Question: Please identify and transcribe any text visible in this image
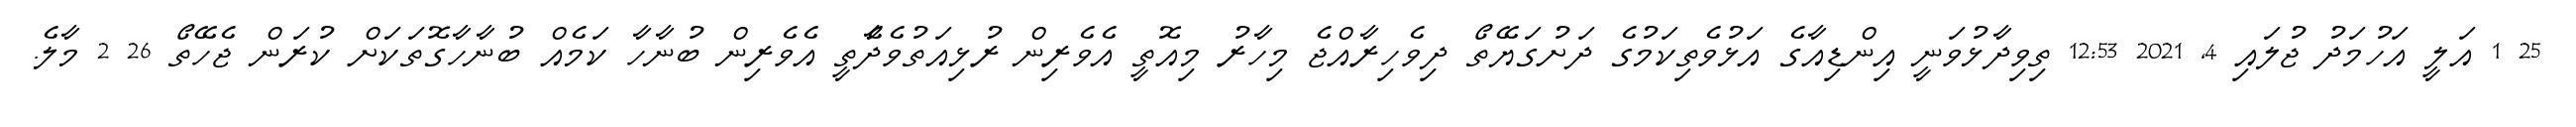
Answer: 25 1 އަލީ އަހުމަދު ޖުލައި 4, 2021 12:53 ތިވިދާޅުވަނީ އިންޑިއާގެ އަޅުވެތިކަމުގެ ދަށުގަޔޭތޯ ދިވެހިރާއްޖެ މިހާރު މިއޮތީ އެވެރިން ރުޅިއަތުވެދާެތީ އެވެރިން ބުނާހާ ކަމެއް ބުނާހާގޮތަކަށް ކުރަން ޖެހޭތޯ 26 2 މާލެ.